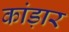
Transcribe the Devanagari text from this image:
कांड़ार